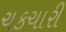
ચકચારી